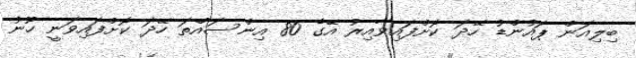
ބިލިއަން ޕައުންޑު ހޭދަ ކޮށްފައިވާއިރު އޭގެ 80 އިންސައްތަ ހޭދަ ކޮށްފައިވަނީ ހޫނު